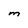
Character: M